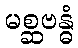
မစ္ဆဗန္ဓံ